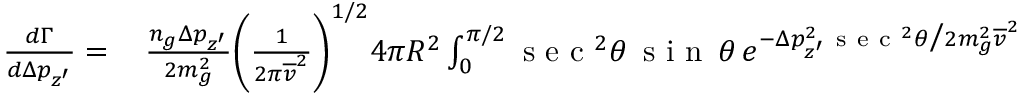
\begin{array} { r l } { \frac { d \Gamma } { d \Delta p _ { z ^ { \prime } } } = } & { { } \, \frac { n _ { g } \Delta p _ { z ^ { \prime } } } { 2 m _ { g } ^ { 2 } } \bigg ( \frac { 1 } { 2 \pi \overline { { v } } ^ { 2 } } \bigg ) ^ { 1 / 2 } 4 \pi R ^ { 2 } \int _ { 0 } ^ { \pi / 2 } \mathrm { ~ s ~ e ~ c ~ } ^ { 2 } \theta \, \mathrm { ~ s ~ i ~ n ~ } \, \theta \, e ^ { - \Delta p _ { z ^ { \prime } } ^ { 2 } \mathrm { ~ s ~ e ~ c ~ } ^ { 2 } \theta \big / 2 m _ { g } ^ { 2 } \overline { { v } } ^ { 2 } } } \end{array}